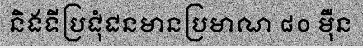
និងទីប្រជុំជនមានប្រមាណ ៨០ ម៉ឺន